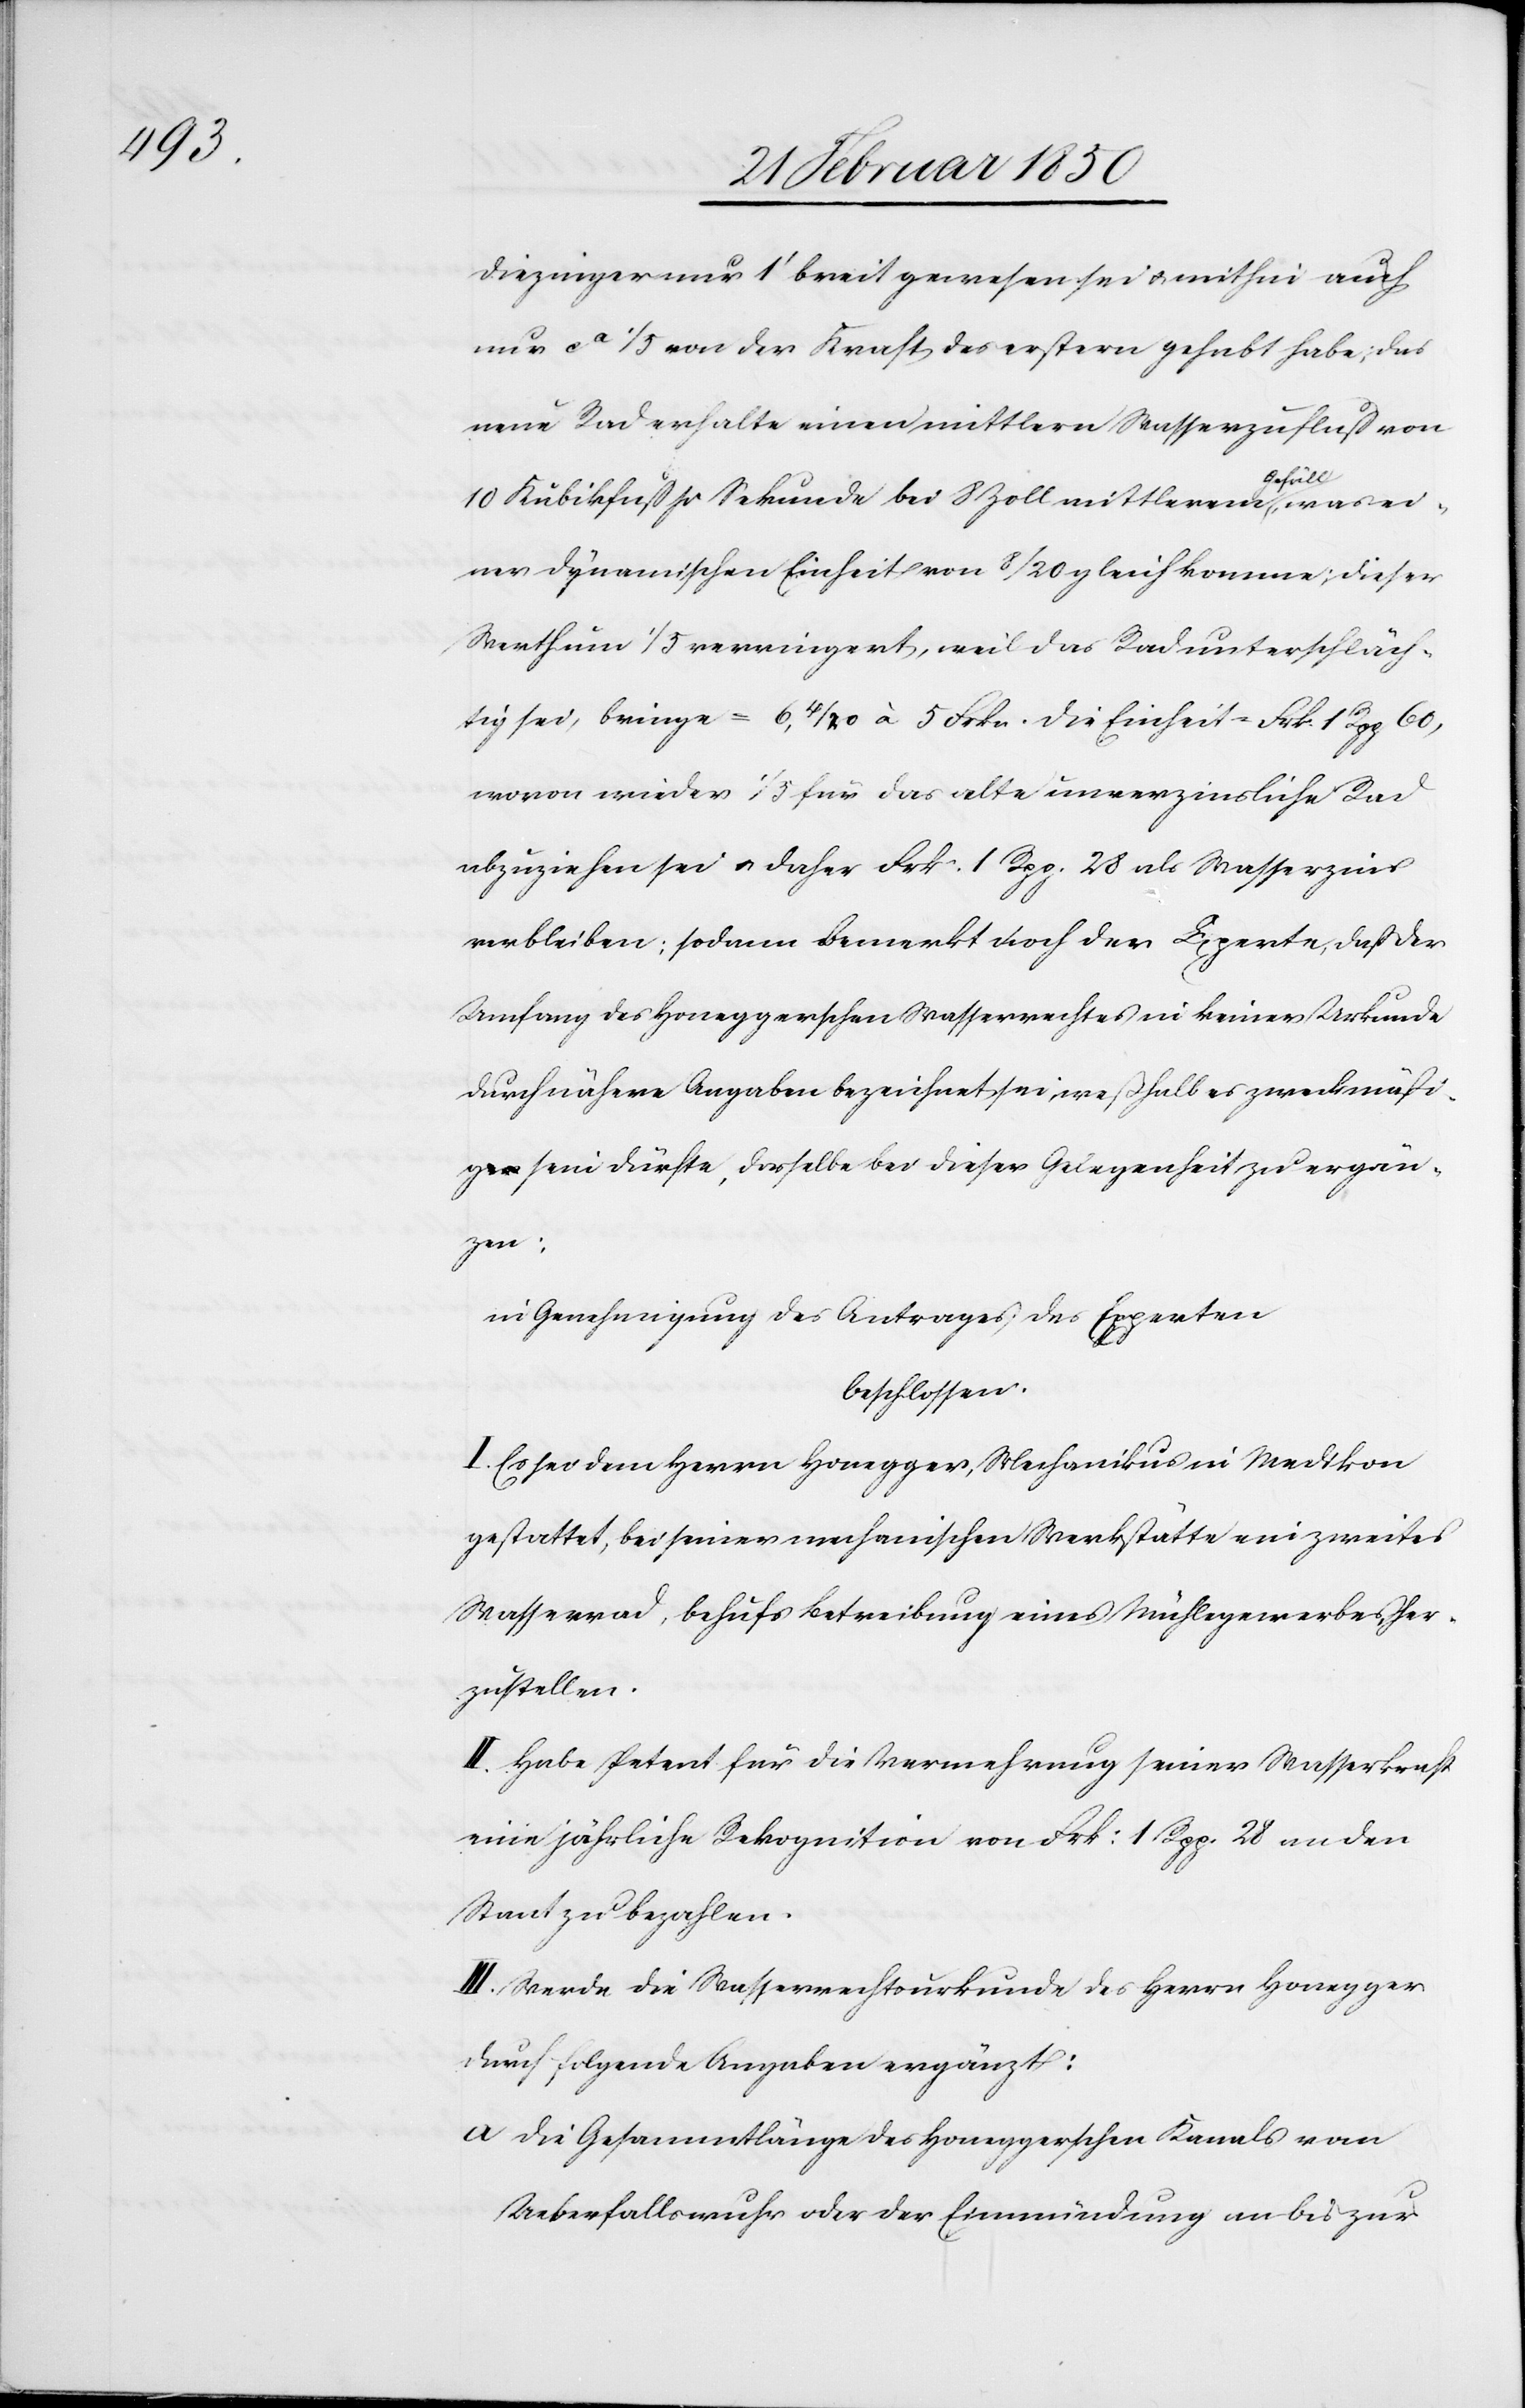
Diezinger nur 1ʼ breit gewesen sei u. mithin auch
nur ca 1/5 von der Kraft des erstern gehabt habe; das
neue Rad erhalte einen mittlern Wasserzufluß von
10 Kubikfuß pr Sekunde bei 8 Zoll mittlerem Gefäll, was ei¬
ner dynamischen Einheit von 8/20 gleich komme; dieser
Werth um 1/5 verringert, weil das Rad unterschläch¬
tig sei, bringe = 6,4/20 à 5 Frkn. die Einheit = Frk. 1 Rpp 60,
wovon wieder 1/5 für das alte unverzinsliche Rad
abzuziehen sei u. daher Frk. 1 Rpp 28 als Wasserzins
verbleiben; sodann bemerkt noch der Experte, daß der
Umfang des Honeggerschen Wasserrechtes in keiner Urkunde
durch nähere Angaben bezeichnet sei, weßhalb es zweckmäßi¬
g sein dürfte, dasselbe bei dieser Gelegenheit zu ergän¬
zen;
in Genehmigung des Antrages des Experten
beschlossen:
I. Es sei dem Herrn Honegger, Mechanikus in Medikon
gestattet, bei seiner mechanischen Werkstätte ein zweites
Wasserrad, behufs Betreibung eines Mühlegewerbes her¬
zustellen.
II. Habe Petent für die Vermehrung seiner Wasserkraft
eine jährliche Rekognition von Frk: 1 Rpp. 28 an den
Staat zu bezahlen.
III. Werde die Wasserrechtsurkunde des Herrn Honegger
durch folgende Angaben ergänzt:
a Die Gesammtlänge des Honeggerschen Kanals vom
Ueberfallswuhr oder der Einmündung an bis zur